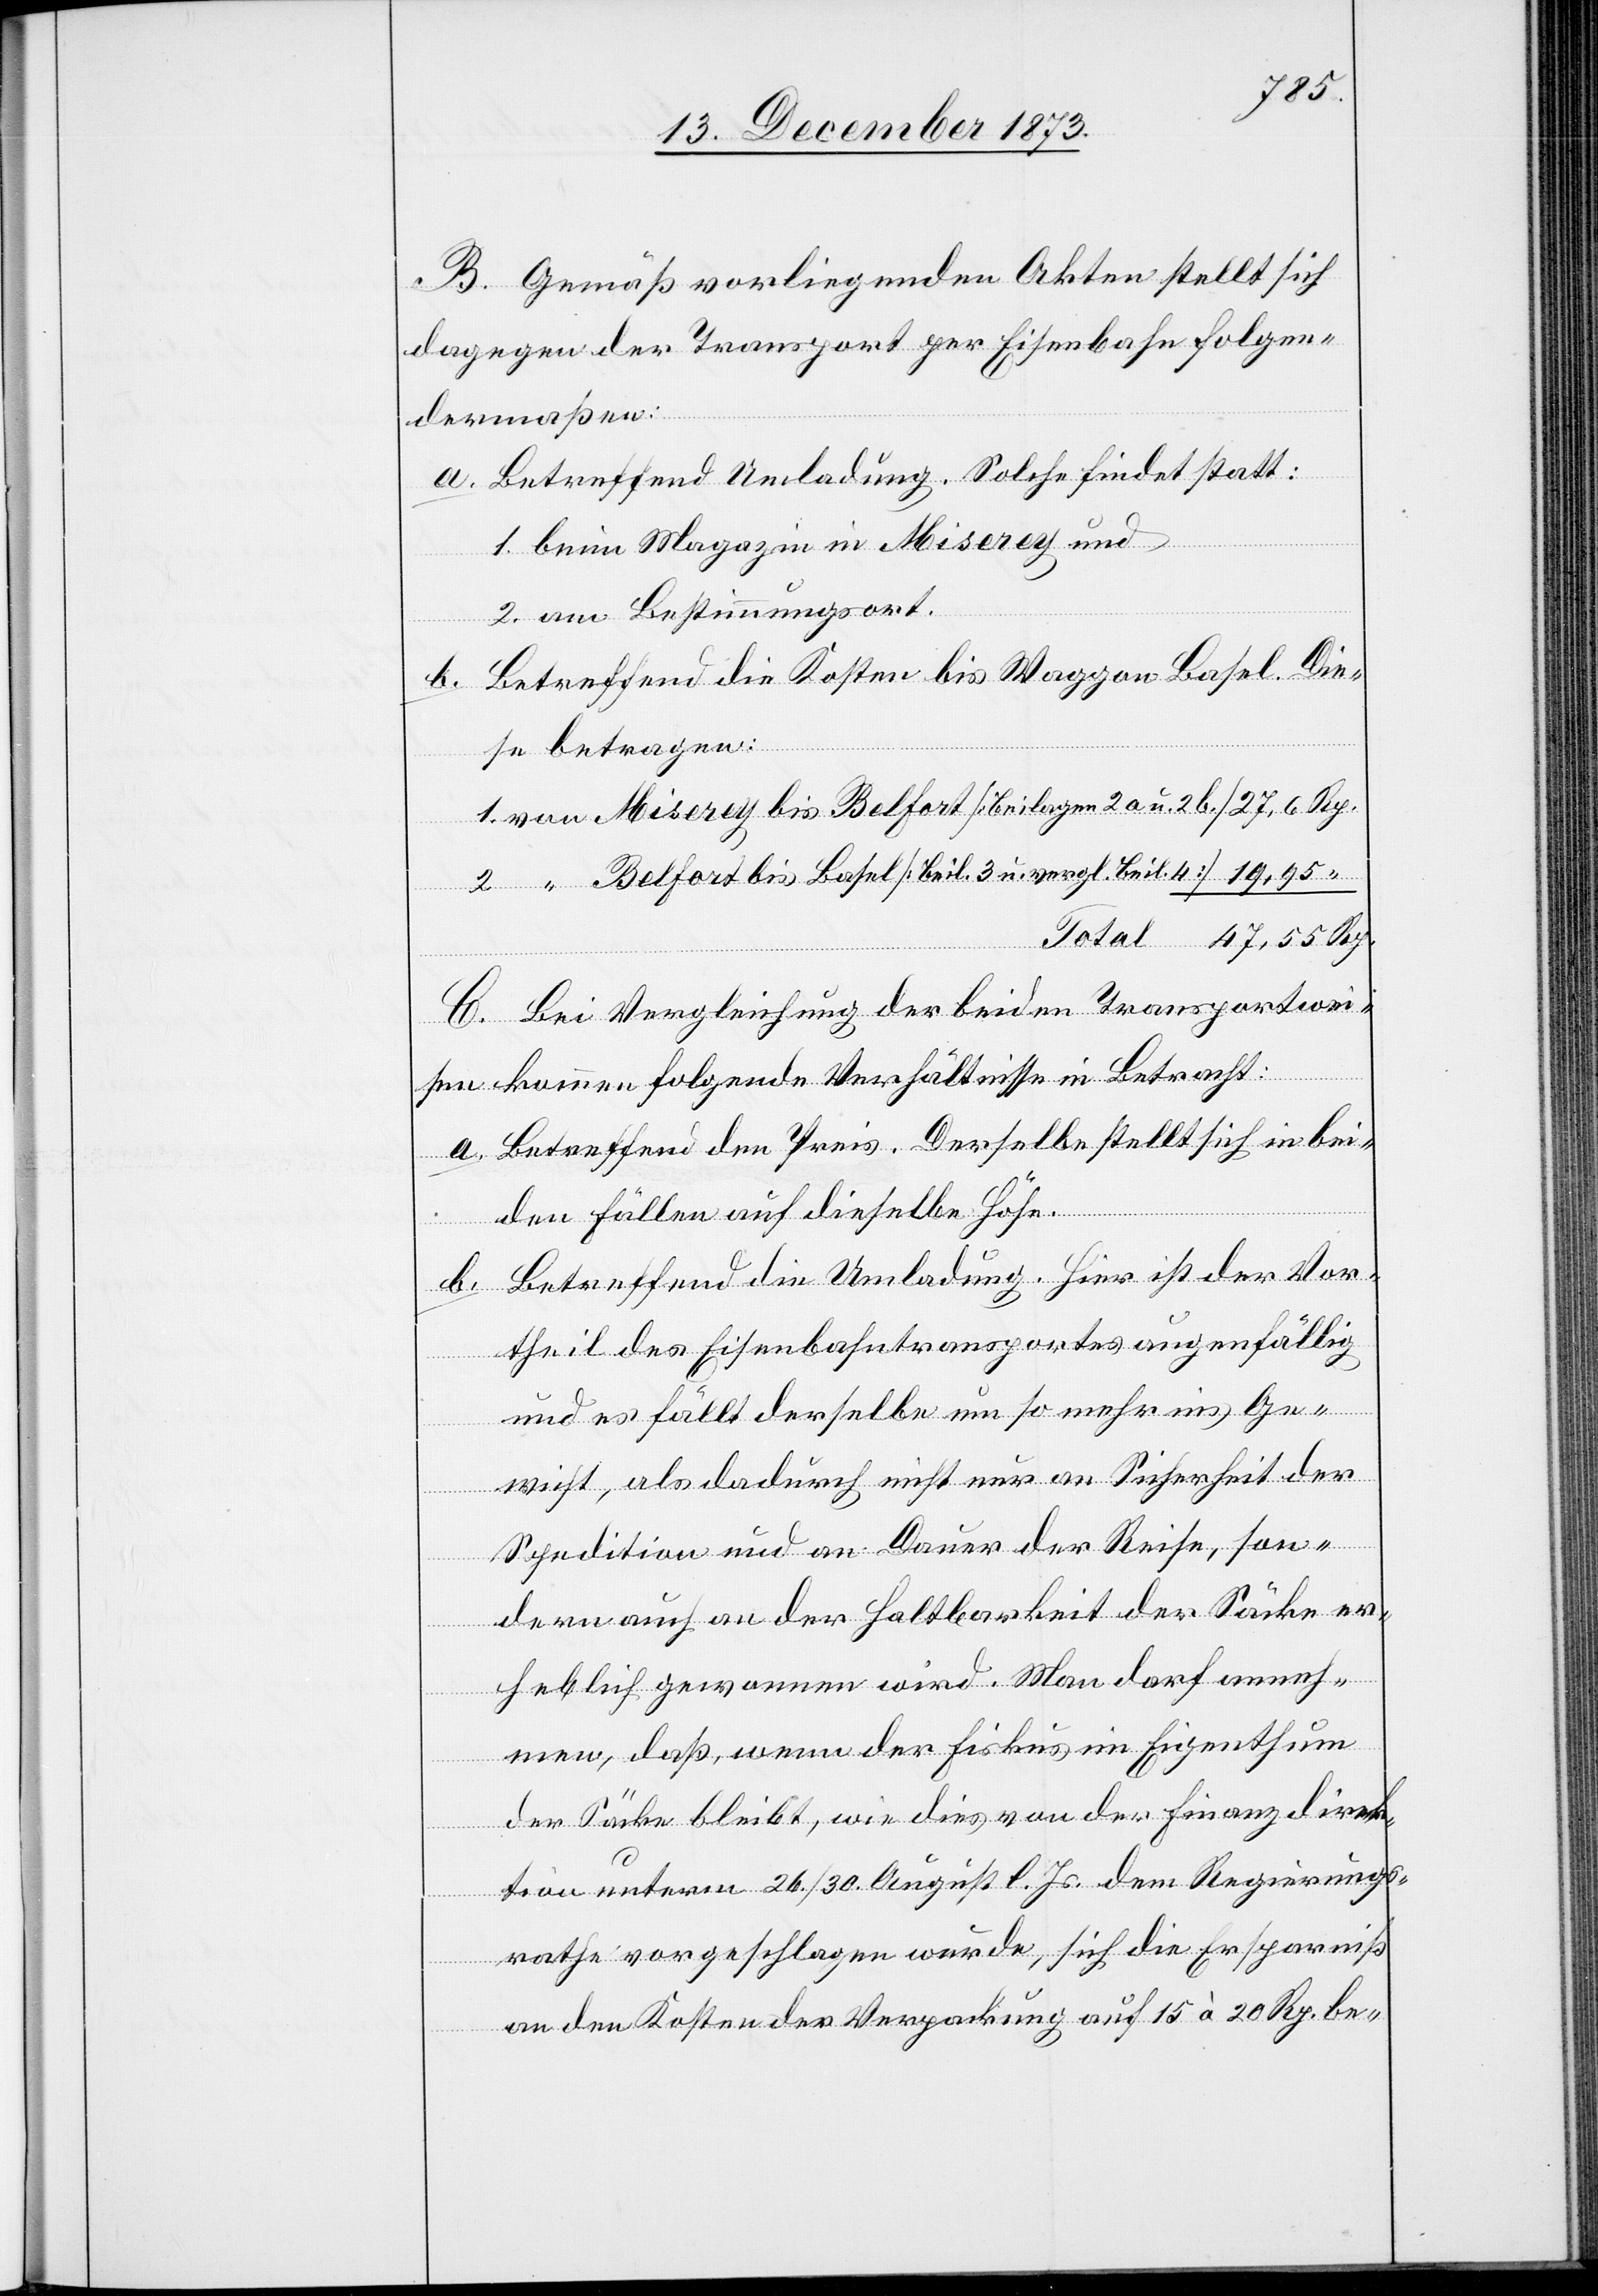
B. Gemäß vorliegenden Akten stellt sich
dagegen der Transport per Eisenbahn folgen¬
dermaßen:
a. Betreffend Umladung. Solche findet statt:
1. beim Magazin in Miserey und
2. am Bestimmungsort.
b. Betreffend die Kosten bis Waggon Basel. Die¬
se betragen:
1. von Miserey bis Belfort [Beilagen 2a u. 2b]
2. “ Belfort bis Basel [Beil. 3 u. vergl. Beil. 4]
C. Bei Vergleichung der beiden Transportwei¬
sen kommen folgende Verhältnisse in Betracht:
a. Betreffend den Preis. Derselbe stellt sich in bei¬
den Fällen auf dieselbe Höhe.
b. Betreffend die Umladung. Hier ist der Vor¬
theil des Eisenbahntransportes augenfällig
und es fällt derselbe um so mehr ins Ge¬
wicht, als dadurch nicht nur an Sicherheit der
Spedition und an Dauer der Reise, son¬
dern auch an der Haltbarkeit der Säcke er¬
heblich gewonnen wird. Man darf anneh¬
men, daß, wenn der Fiskus im Eigenthum
der Säcke bleibt, wie dies von der Finanzdirek¬
“
tion unterm 26./30. August l. Js. dem Regierungs¬
rathe vorgeschlagen wurde, sich die Ersparniß
an den Kosten der Verpackung auf 15 à 20 Rp. be-